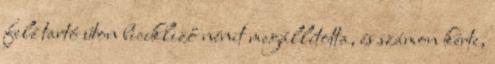
felé tartó úton bicikliző nénit megállította, és számon kérte,